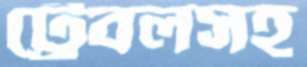
ট্রেবলসহ